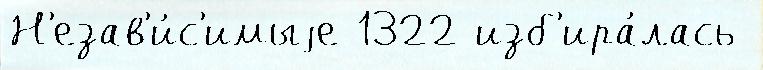
Н'езав'и́с'имыjе 1322 изб'ира́лась